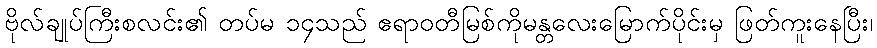
ဗိုလ်ချုပ်ကြီးစလင်း၏ တပ်မ ၁၄သည် ဧရာဝတီမြစ်ကိုမန္တလေးမြောက်ပိုင်းမှ ဖြတ်ကူးနေပြီး၊